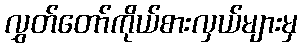
လွှတ်တော်ကိုယ်စားလှယ်များမှ